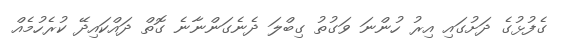
ގެފުޅުގެ ދަށުގައި އިރު ހުންނަ ވަގުތު ގިބްލަ ދެނެގަންނާނެ ގޮތް ދައްކައިދޭ ކުރެހުމެއް